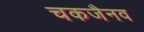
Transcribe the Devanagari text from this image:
चकजैनव